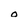
Character: O